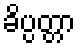
ခိပ္ပတ္တာ